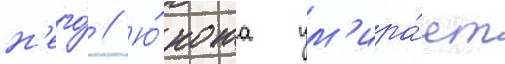
н'его́ // Ю́ноша ум'ира́ет